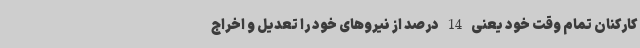
کارکنان تمام وقت خود یعنی 14 درصد از نیروهای خود را تعدیل و اخراج